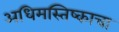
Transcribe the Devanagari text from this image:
अधिमस्तिष्काचा